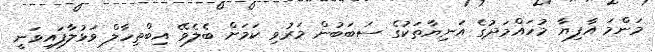
މަންމަ އާފިޔާ މުހައްމަދުގެ އަނިޔާތަކުގެ ސަބަބުން މަރުވި ކަމަށް ބެލެވޭ އިބްތިހާލް ވަޅުލާފައިވަނީ